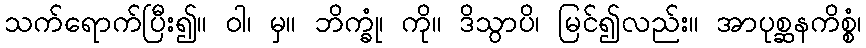
သက်ရောက်ပြီး၍။ ဝါ၊ မှ။ ဘိက္ခုံ၊ ကို။ ဒိသွာပိ၊ မြင်၍လည်း။ အာပုစ္ဆနကိစ္စံ၊